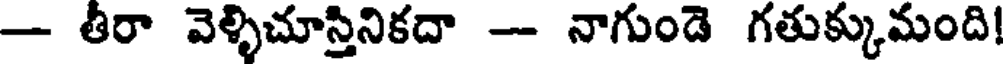
- తీరా వెళ్ళిచూస్తినికదా - నాగుండె గతుక్కుమంది!